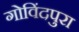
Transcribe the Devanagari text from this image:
गोविंदपुरा